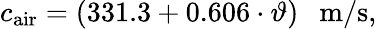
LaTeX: c_{\mathrm{air}}=(331.3+0.606\cdot\vartheta)~~~\mathrm{m/s},